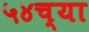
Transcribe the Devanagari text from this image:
५४च्या